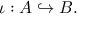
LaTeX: \iota : A \hookrightarrow B .